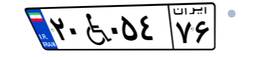
۱۳W۷۳۴۸۰